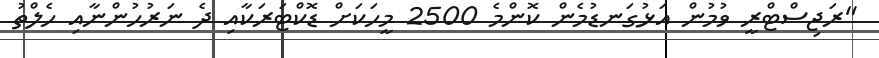
"ރަޖިސްޓްރީ ވުމުން އަޅުގަނޑުމެން ކޮންމެ 2500 މީހަކަށް ޑޮކްޓަރަކާއި ދެ ނަރުހުންނާއި ހެލްތު